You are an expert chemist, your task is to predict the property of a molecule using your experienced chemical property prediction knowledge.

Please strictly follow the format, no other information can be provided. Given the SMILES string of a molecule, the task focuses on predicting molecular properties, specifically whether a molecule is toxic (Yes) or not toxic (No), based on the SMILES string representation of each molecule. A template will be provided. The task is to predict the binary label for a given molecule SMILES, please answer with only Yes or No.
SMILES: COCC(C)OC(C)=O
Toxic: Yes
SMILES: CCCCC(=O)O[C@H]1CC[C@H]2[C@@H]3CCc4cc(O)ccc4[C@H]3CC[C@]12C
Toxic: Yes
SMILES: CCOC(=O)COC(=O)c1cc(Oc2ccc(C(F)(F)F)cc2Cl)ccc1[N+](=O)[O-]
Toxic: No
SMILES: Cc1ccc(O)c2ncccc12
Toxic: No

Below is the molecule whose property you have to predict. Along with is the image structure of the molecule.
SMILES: N#Cc1c(F)cccc1F
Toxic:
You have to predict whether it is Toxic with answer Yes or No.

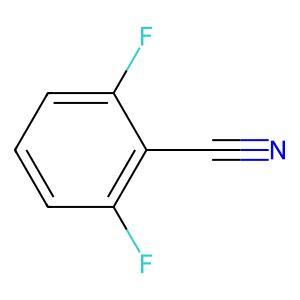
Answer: No